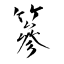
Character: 篸